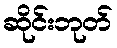
ဆိုင်းဘုတ်